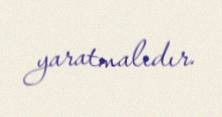
yaratmalıdır.